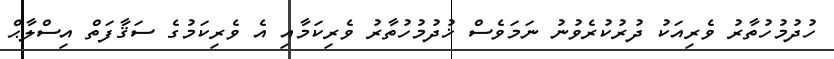
ހުދުމުހުތާރު ވެރިއަކު ދުރުކުރެވުނު ނަމަވެސް ޚުދުމުހުތާރު ވެރިކަމާއި އެ ވެރިކަމުގެ ސަޤާފަތް އިސްލާޙް